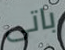
باتى